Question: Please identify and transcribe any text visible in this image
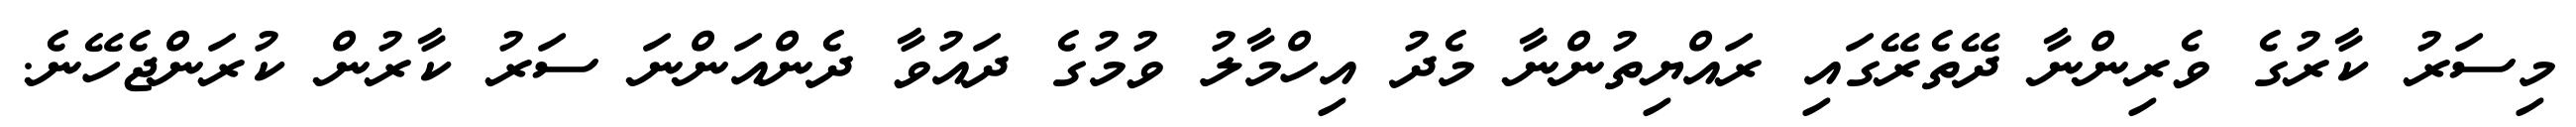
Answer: މިސަރު ކާރުގެ ވެރިންނާ ދޭތެރޭގައި ރައްޔިތުންނާ މެދު އިހްމާލު ވުމުގެ ދައުވާ ދެންއަންނަ ސަރު ކާރުން ކުރަންޖެހޭނެ.